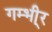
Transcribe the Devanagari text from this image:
गम्भी्र